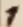
Text: 1